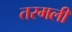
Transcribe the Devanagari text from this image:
तरमली